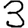
Digit: 3